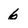
Character: 6